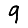
Digit: 9